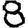
Digit: 8